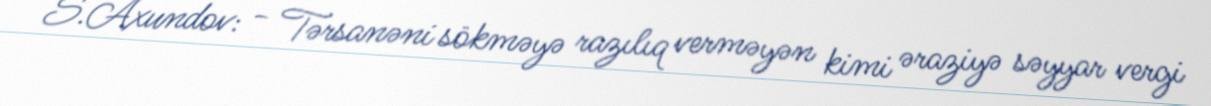
S.Axundov: - Tərsanəni sökməyə razılıq verməyən kimi əraziyə səyyar vergi